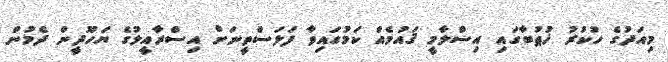
މިއަދުގެ ހުކުރު ޚުޠުބާގައި އިސްލާމީ ޤައުމެއް ކަމުގައިވާ ފަލަސްތީނަށް އިސްރާއީލުގެ ޔަހޫދީން ދެމުން